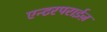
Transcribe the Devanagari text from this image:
एन्टरपराईज़